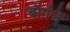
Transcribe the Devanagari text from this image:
बॉर्गचे